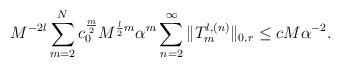
LaTeX: \begin{align*}M^{-2l}\sum_{m=2}^N c_0^{\frac{m}{2}}M^{\frac{l}{2}m}\alpha^m\sum_{n=2}^{\infty}\|T_m^{l,(n)}\|_{0,r}\le c M \alpha^{-2}.\end{align*}